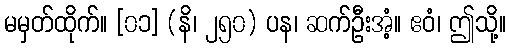
မမှတ်ထိုက်။ [၀၁] (နိ၊ ၂၅၀) ပန၊ ဆက်ဦးအံ့။ ဧဝံ၊ ဤသို့။